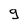
Character: g